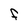
Character: F